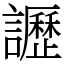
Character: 讈